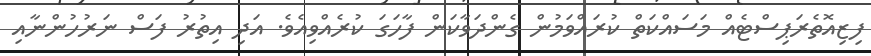
ފިޒިއޮތެރަޕިސްޓެއް މަސައްކަތް ކުރައްވަމުން ގެންދަވާކަން ފާހަގަ ކުރެއްވިއެވެ. އަދި އިތުރު ފަސް ނަރުހުންނާއި